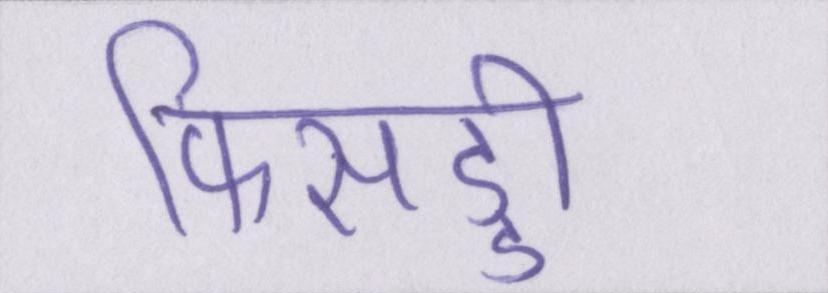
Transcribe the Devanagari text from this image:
फिसड्डी